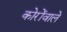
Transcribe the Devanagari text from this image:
कोरोंवाले